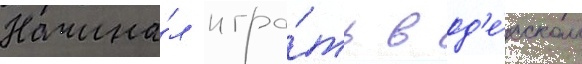
Начина́л игра́ть в од'е́сском